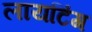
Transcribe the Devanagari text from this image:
लायटिंग